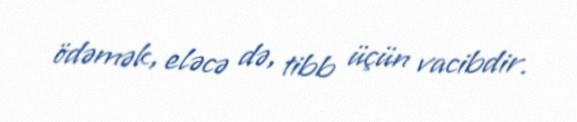
ödəmək, eləcə də, tibb üçün vacibdir.